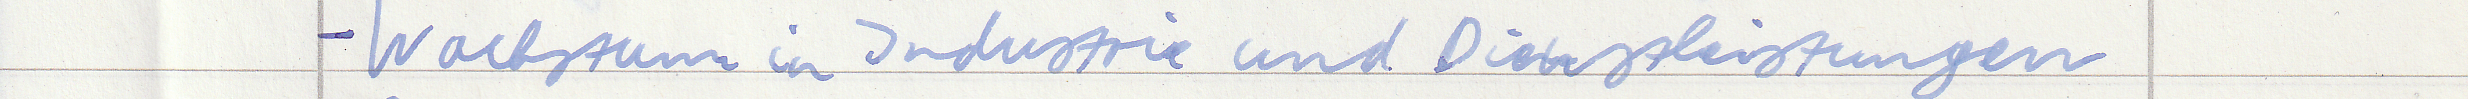
- Wachstum in Industrie und Dienstleistungen